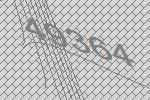
49364